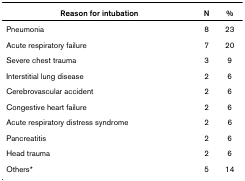
| Reason for intubation | N | % |
 | --- | --- | --- |
 | Pneumonia | 8 | 23 |
 | Acute respiratory failure | 7 | 20 |
 | Severe chest trauma | 3 | 9 |
 | Interstitial lung disease | 2 | 6 |
 | Cerebrovascular accident | 2 | 6 |
 | Congestive heart failure | 2 | 6 |
 | Acute respiratory distress syndrome | 2 | 6 |
 | Pancreatitis | 2 | 6 |
 | Head trauma | 2 | 6 |
 | Others* | 5 | 14 |